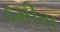
ડમીસ